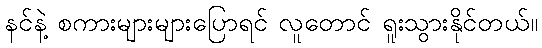
နင်နဲ့ စကားများများပြောရင် လူတောင် ရူးသွားနိုင်တယ်။